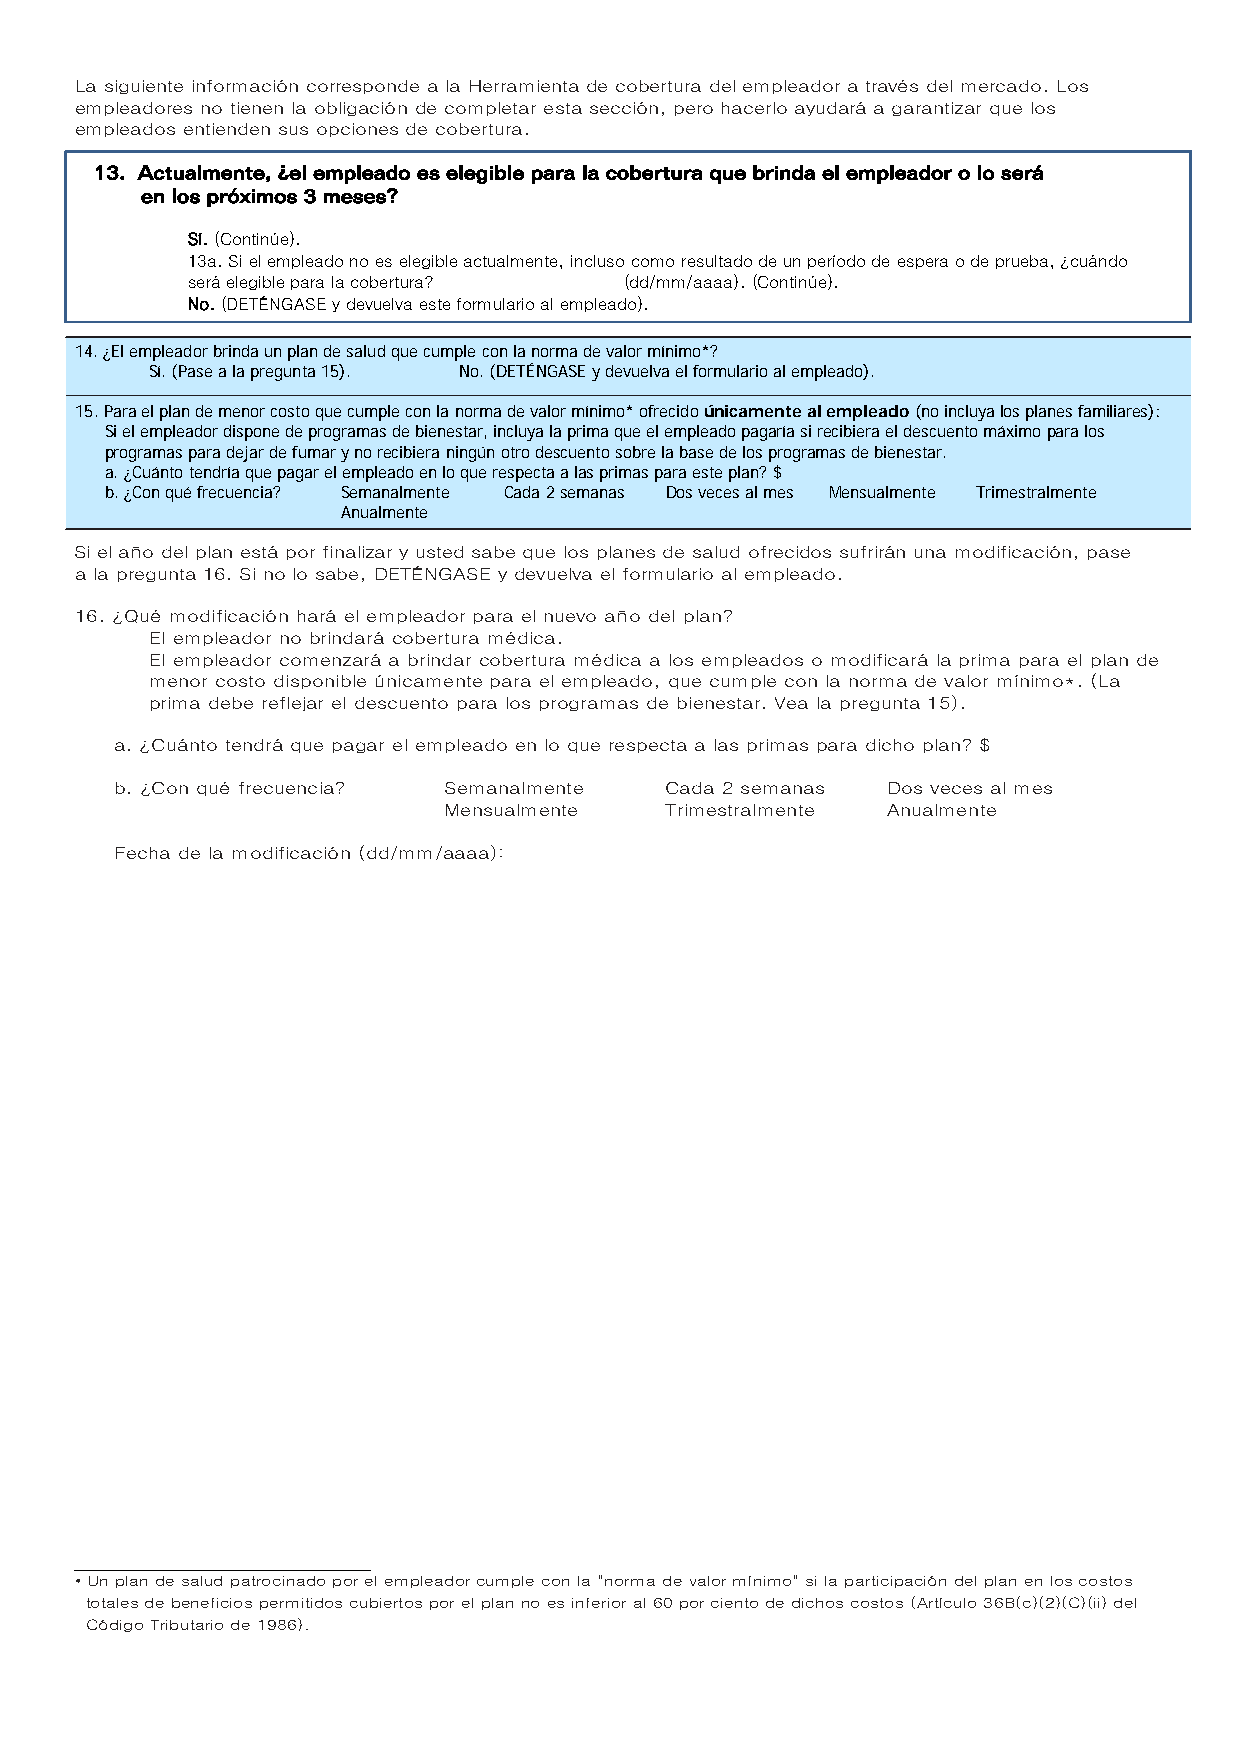
La siguiente información corresponde a la Herramienta de cobertura del empleador a través del mercado. Los
 empleadores no tienen la obligación de completar esta sección, pero hacerlo ayudará a garantizar que los
 empleados entienden sus opciones de cobertura.
 13. Actualmente, ¿el empleado es elegible para la cobertura que brinda el empleador o lo será
 en los próximos 3 meses?
 Sí. (Continúe).
 13a. Si el empleado no es elegible actualmente, incluso como resultado de un período de espera o de prueba, ¿cuándo
 será elegible para la cobertura? (dd/mm/aaaa). (Continúe).
 No. (DETÉNGASE y devuelva este formulario al empleado).
 14. ¿El empleador brinda un plan de salud que cumple con la norma de valor mínimo*?
 Sí. (Pase a la pregunta 15). No. (DETÉNGASE y devuelva el formulario al empleado).
 15. Para el plan de menor costo que cumple con la norma de valor mínimo* ofrecido únicamente al empleado (no incluya los planes familiares):
 Si el empleador dispone de programas de bienestar, incluya la prima que el empleado pagaría si recibiera el descuento máximo para los
 programas para dejar de fumar y no recibiera ningún otro descuento sobre la base de los programas de bienestar.
 a. ¿Cuánto tendría que pagar el empleado en lo que respecta a las primas para este plan? $
 b. ¿Con qué frecuencia? Semanalmente Cada 2 semanas Dos veces al mes Mensualmente Trimestralmente
 Anualmente
 Si el año del plan está por finalizar y usted sabe que los planes de salud ofrecidos sufrirán una modificación, pase
 a la pregunta 16. Si no lo sabe, DETÉNGASE y devuelva el formulario al empleado.
 16. ¿Qué modificación hará el empleador para el nuevo año del plan?
 El empleador no brindará cobertura médica.
 El empleador comenzará a brindar cobertura médica a los empleados o modificará la prima para el plan de
 menor costo disponible únicamente para el empleado, que cumple con la norma de valor mínimo*. (La
 prima debe reflejar el descuento para los programas de bienestar. Vea la pregunta 15).
 a. ¿Cuánto tendrá que pagar el empleado en lo que respecta a las primas para dicho plan? $
 b. ¿Con qué frecuencia? Semanalmente Cada 2 semanas Dos veces al mes
 Mensualmente   Trimestralmente Anualmente
 Fecha de la modificación (dd/mm/aaaa):
 • Un plan de salud patrocinado por el empleador cumple con la "norma de valor mínimo" si la participación del plan en los costos
 totales de beneficios permitidos cubiertos por el plan no es inferior al 60 por ciento de dichos costos (Artículo 36B(c)(2)(C)(ii) del
 Código Tributario de 1986).